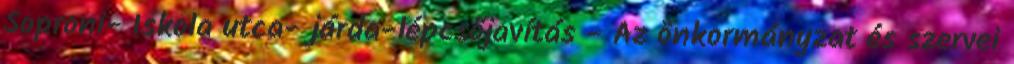
Soproni- Iskola utca- járda-lépcsőjavítás - Az önkormányzat és szervei